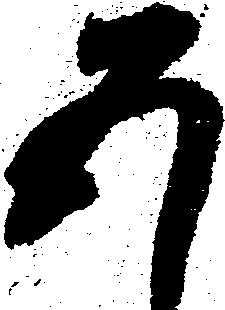
五